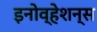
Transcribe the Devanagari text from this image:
इनोव्हेशन्स